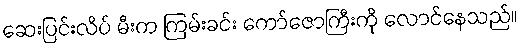
ဆေးပြင်းလိပ် မီးက ကြမ်းခင်း ကော်ဇောကြီးကို လောင်နေသည်။